Annual report on the mental hospital in the Central Provinces and Berar (Nagpur) - 1927-1951
Year: 1927
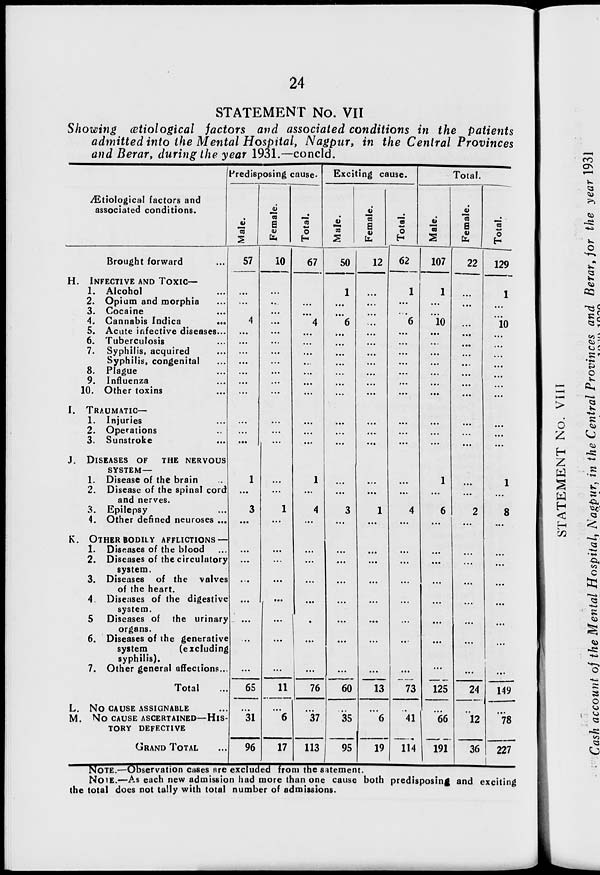
24
STATEMENT No. VII
Showing ætiological factors and associated conditions in the patients
admitted into the Mental Hospital, Nagpur, in the Central Provinces
and Berar, during the year 1931.—concld.
Ætiological factors and
associated conditions.
Brought forward ...
H. INFECTIVE AND TOXIC—
1. Alcohol ...
2. Opium and morphia ...
3. Cocaine ...
4. Cannabis Indica
...
5. Acute infective diseases ...
6. Tuberculosis ...
7. Syphilis, acquired ...
Syphilis, congenital ...
8. Plague ...
9. Influenza ...
10. Other toxins ...
I. TRAUMATIC—
1. Injuries ...
2. Operations ...
3. Sunstroke ...
J. DISEASES OF THE NERVOUS
SYSTEM—
1. Disease of the brain ...
2. Disease of the spinal cord
and nerves.
3. Epilepsy ...
4. Other defined neuroses ...
K. OTHER BODILY AFFLICTIONS —
1. Diseases of the blood ...
2. Diseases of the circulatory
system.
3. Diseases of the valves
of the heart.
4. Diseases of the digestive
system.
5 Diseases of the urinary
organs.
6. Diseases of the generative
system
(excluding
syphilis).
7. Other general affections ...
Total ...
L. NO CAUSE ASSIGNABLE ...
M. NO CAUSE ASCERTAINED—HIS-
---- DEFECTIVE
GRAND TOTAL ...
Predisposing cause.
Male.
57
...
...
...
4
...
...
...
...
...
...
...
...
...
...
1
...
3
...
...
...
...
...
...
...
...
65
...
31
96
Female.
10
...
...
...
...
...
...
...
...
...
...
...
...
...
...
...
...
1
...
...
...
...
...
...
...
...
11
...
6
17
Total.
67
...
...
...
4
...
...
...
...
...
...
...
...
...
...
1
...
4
...
...
...
...
...
...
...
...
76
...
37
113
Exciting cause.
Male.
50
1
...
...
6
...
...
...
...
...
...
...
...
...
...
...
...
3
...
...
...
...
...
...
...
...
60
...
35
95
Female.
12
...
...
...
...
...
...
...
...
...
...
...
...
...
...
...
...
1
...
...
...
...
...
...
...
...
13
...
6
19
Total.
62
1
...
...
6
...
...
...
...
...
...
...
...
...
...
...
...
4
...
...
...
...
...
...
...
...
73
...
41
114
Total.
Male.
107
1
...
...
10
...
...
...
...
...
...
...
...
...
...
1
...
6
...
...
...
...
...
...
...
...
125
...
66
191
Female.
22
...
...
...
...
...
...
...
...
...
...
...
...
...
...
...
...
2
...
...
...
...
...
...
...
...
24
...
12
36
Total.
129
1
...
...
10
...
...
...
...
...
...
...
...
...
...
1
...
8
...
...
...
...
...
...
...
...
149
...
78
227
NOTE.—Observation cases are excluded from the satement.
NOTE.—As each new admission had more than one cause both predisposing and exciting
the total does not tally with total number of admissions.